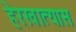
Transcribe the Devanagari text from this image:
हेरखात्यास